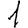
Digit: 1